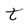
Character: t